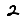
Digit: 2